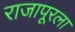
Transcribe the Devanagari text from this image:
राजापूरला